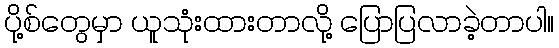
ပို့စ်တွေမှာ ယူသုံးထားတာလို့ ပြောပြလာခဲ့တာပါ။